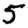
Digit: 5